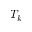
T _ { k }